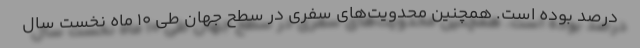
درصد بوده است. همچنین محدویت‌های سفری در سطح جهان طی ۱۰ ماه نخست سال